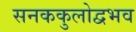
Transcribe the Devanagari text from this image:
सनककुलोद्वभव